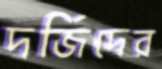
দর্জিদের